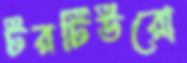
টরটিউরো